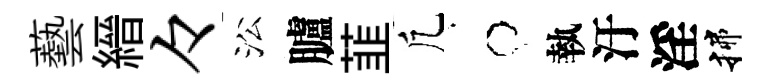
藝縉々㳂臚韮凢牛執汙淫揲